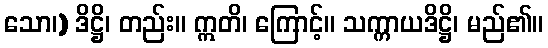
သော၊) ဒိဋ္ဌိ၊ တည်း။ ဣတိ၊ ကြောင့်။ သက္ကာယဒိဋ္ဌိ၊ မည်၏။